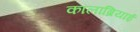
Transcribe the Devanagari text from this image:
कालाब्रियाई